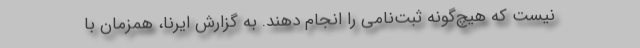
نیست که هیچ‌گونه ثبت‌نامی را انجام دهند. به گزارش ایرنا، همزمان با